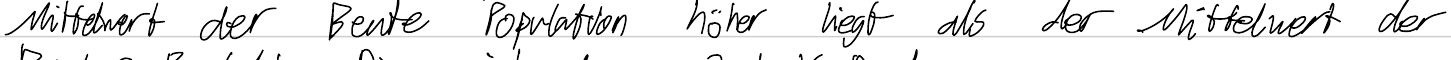
Mittelwert der Beute Population höher liegt als der Mittelwert der